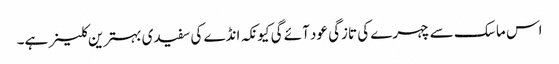
اس ماسک سے چہرے کی تازگی عود آئے گی کیونکہ انڈے کی سفیدی بہترین کلینر ہے۔